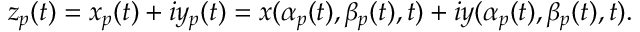
z _ { p } ( t ) = x _ { p } ( t ) + i y _ { p } ( t ) = x ( \alpha _ { p } ( t ) , \beta _ { p } ( t ) , t ) + i y ( \alpha _ { p } ( t ) , \beta _ { p } ( t ) , t ) .